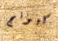
كيونج